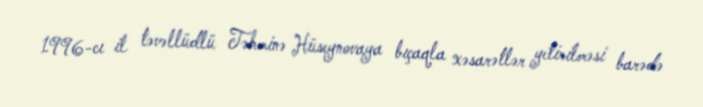
1996-cı il təvəllüdlü Təhminə Hüseynovaya bıçaqla xəsarətlər yetirilməsi barədə